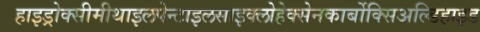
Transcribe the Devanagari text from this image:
हाइड्रोक्सीमीथाइलपेन्टाइलसाइक्लोहेक्सेनकार्बोक्सिअल्डिहाइड